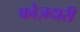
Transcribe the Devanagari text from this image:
फौज़दारी